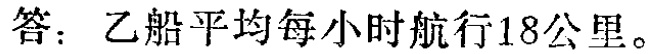
答：乙船平均每小时航行18公里。